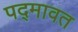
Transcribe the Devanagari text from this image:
पद्‍मावत